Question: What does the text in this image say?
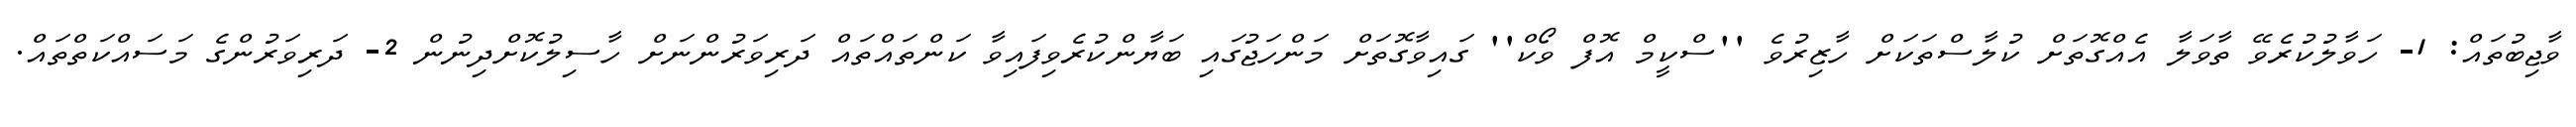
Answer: ވާޖިބުތައް: 1- ހަވާލުކުރެވޭ ތާވަލާ އެއްގޮތަށް ކުލާސްތަކަށް ހާޒިރުވެ ''ސްކީމް އޮފް ވޯކް'' ގައިވާގޮތަށް މަންހަޖުގައި ބަޔާންކުރެވިފައިވާ ކަންތައްތައް ދަރިވަރުންނަށް ހާސިލުކޮށްދިނުން 2- ދަރިވަރުންގެ މަސައްކަތްތައް.